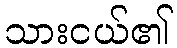
သားငယ်၏